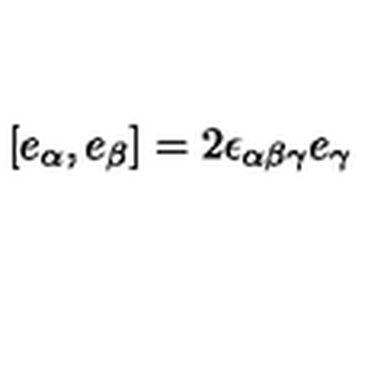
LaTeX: [ e _ { \alpha } , e _ { \beta } ] = 2 \epsilon _ { \alpha \beta \gamma } e _ { \gamma }